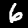
Label: 6